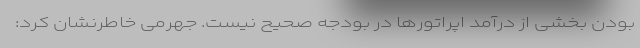
بودن بخشی از درآمد اپراتورها در بودجه صحیح نیست. جهرمی خاطرنشان کرد: